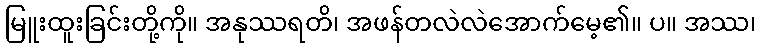
မြူးထူးခြင်းတို့ကို။ အနုဿရတိ၊ အဖန်တလဲလဲအောက်မေ့၏။ ပ။ အဿ၊